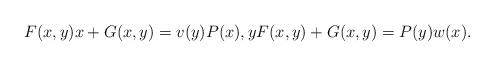
LaTeX: \begin{align*}F(x,y)x + G(x,y) = v(y)P(x), yF(x,y) + G(x,y) = P(y)w(x).\end{align*}